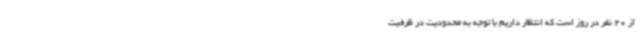
از 20 نفر در روز است که انتظار داریم با توجه به محدودیت در ظرفیت